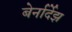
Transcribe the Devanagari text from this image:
बेर्नार्देझ